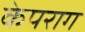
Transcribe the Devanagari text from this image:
केपराग